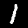
Digit: 1